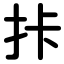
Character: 拤